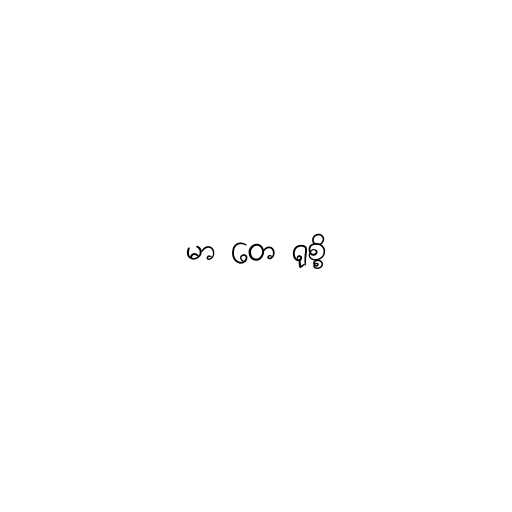
မာ တေ ရုစ္စိ